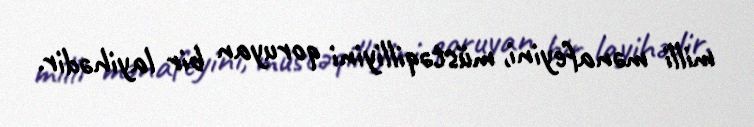
milli mənafeyini, müstəqilliyini qoruyan bir layihədir.